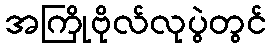
အကြိုဗိုလ်လုပွဲတွင်